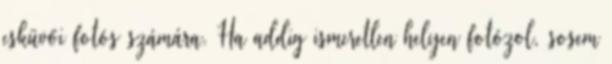
esküvői fotós számára. Ha addig ismeretlen helyen fotózol, sosem